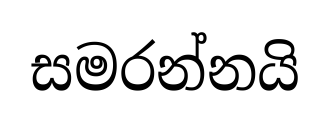
සමරන්නයි